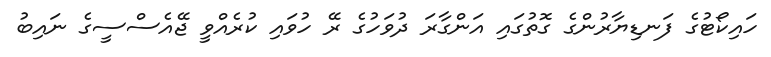
ހައިކޯޓުގެ ފަނޑިޔާރުންގެ ގޮތުގައި އަންގާރަ ދުވަހުގެ ރޭ ހުވައި ކުރެއްވީ ޖޭއެސްސީގެ ނައިބު